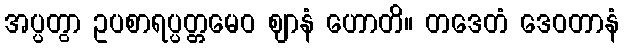
အပ္ပတွာ ဥပစာရပ္ပတ္တမေဝ ဈာနံ ဟောတိ။ တဒေတံ ဒေဝတာနံ